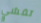
تفشي